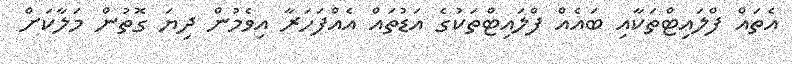
އެތައް ފްލައިޓްތަކާއި ބައެއް ފްލައިޓްތަކުގެ އަޑުތައް އެއްފަހަރާ އިވެމުން ދިޔަ ގޮތުން މަލާކަށް